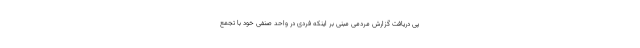
پی دریافت گزارش مردمی مبنی بر اینکه فردی در واحد صنفی خود با تجمع